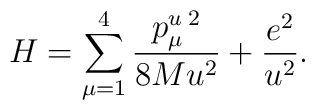
H=\sum _{\mu=1}^{4}\frac{p^u_\mu{}^{\,2}}{8Mu^2}+\frac{e^2}{u^2}.